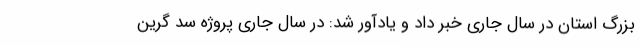
بزرگ استان در سال جاری خبر داد و یادآور شد: در سال جاری پروژه سد گرین